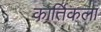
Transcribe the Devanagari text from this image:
कार्तिकला